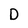
Character: D